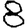
Digit: 8